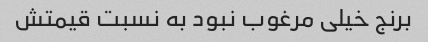
برنج خیلی مرغوب نبود به نسبت قیمتش